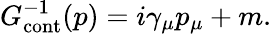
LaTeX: G_{\mathrm{cont}}^{-1}(p)=i\gamma_{\mu}p_{\mu}+m.